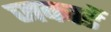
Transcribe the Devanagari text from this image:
जकाडें